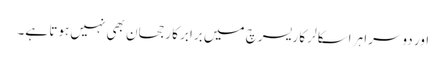
اور دوسرا ہر اسکالر کا ریسرچ میں برابر کا رجحان بھی نہیں ہوتا ہے۔